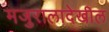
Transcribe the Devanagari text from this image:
मजुरालादेखील